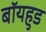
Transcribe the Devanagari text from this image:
बॉयहुड